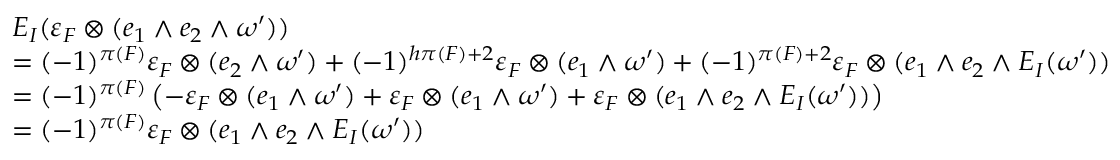
\begin{array} { r l } & { E _ { I } ( \varepsilon _ { F } \otimes ( e _ { 1 } \wedge e _ { 2 } \wedge \omega ^ { \prime } ) ) } \\ & { = ( - 1 ) ^ { \pi ( F ) } \varepsilon _ { F } \otimes ( e _ { 2 } \wedge \omega ^ { \prime } ) + ( - 1 ) ^ { h \pi ( F ) + 2 } \varepsilon _ { F } \otimes ( e _ { 1 } \wedge \omega ^ { \prime } ) + ( - 1 ) ^ { \pi ( F ) + 2 } \varepsilon _ { F } \otimes ( e _ { 1 } \wedge e _ { 2 } \wedge E _ { I } ( \omega ^ { \prime } ) ) } \\ & { = ( - 1 ) ^ { \pi ( F ) } \left( - \varepsilon _ { F } \otimes ( e _ { 1 } \wedge \omega ^ { \prime } ) + \varepsilon _ { F } \otimes ( e _ { 1 } \wedge \omega ^ { \prime } ) + \varepsilon _ { F } \otimes ( e _ { 1 } \wedge e _ { 2 } \wedge E _ { I } ( \omega ^ { \prime } ) ) \right) } \\ & { = ( - 1 ) ^ { \pi ( F ) } \varepsilon _ { F } \otimes ( e _ { 1 } \wedge e _ { 2 } \wedge E _ { I } ( \omega ^ { \prime } ) ) } \end{array}